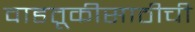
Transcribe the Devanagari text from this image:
वाहतूकीसाठीची